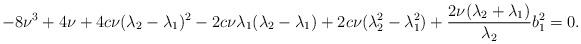
LaTeX: \begin{align*}-8\nu^{3}+4\nu+4c\nu(\lambda_{2}-\lambda_{1})^{2}-2c\nu\lambda_{1}(\lambda_{2}-\lambda_{1})+2c\nu(\lambda_{2}^{2}-\lambda_{1}^{2})+\displaystyle\frac{2\nu(\lambda_{2}+\lambda_{1})}{\lambda_{2}}b_{1}^{2}=0.\end{align*}